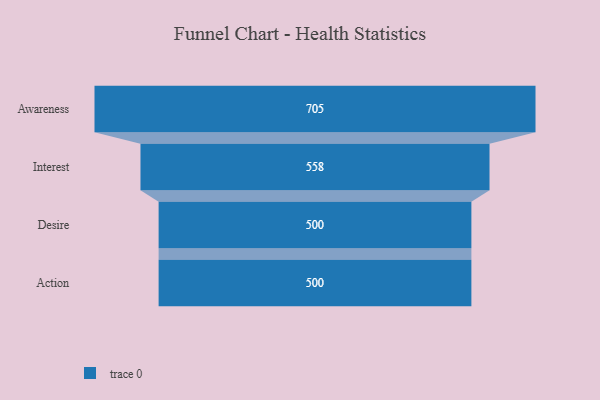
{"axis": {"x": "Stage", "y": "Value"}, "legend": [""], "data": [{"x": "Awareness", "y": 705.0, "type": ""}, {"x": "Interest", "y": 558.0, "type": ""}, {"x": "Desire", "y": 500, "type": ""}, {"x": "Action", "y": 500, "type": ""}]}